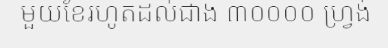
មួយខែរហូតដល់ជាង ៣០០០០ ហ្វ្រង់